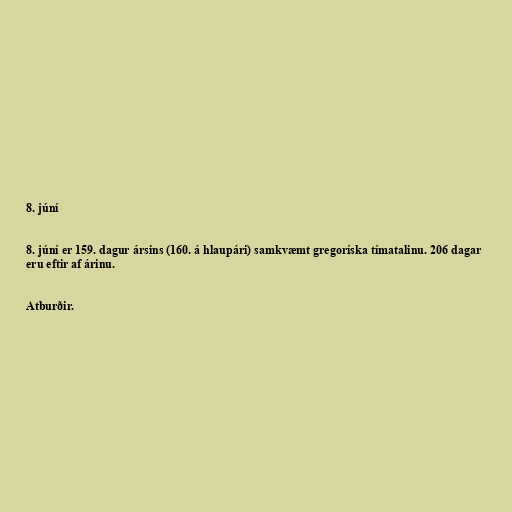
8. júní

8. júní er 159. dagur ársins (160. á hlaupári) samkvæmt gregoríska tímatalinu. 206 dagar
eru eftir af árinu.

Atburðir.